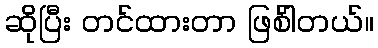
ဆိုပြီး တင်ထားတာ ဖြစ်ါတယ်။